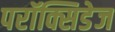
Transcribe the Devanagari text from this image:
परॉक्सिडेज